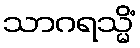
သာဂရသ္မိံ